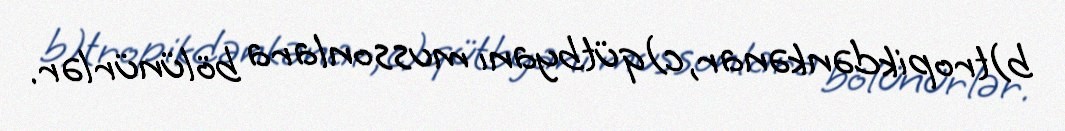
b)tropikdənkənar, c)qütbyanı mussonlara bölünürlər.